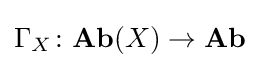
\Gamma _{X}\colon \mathbf {Ab} (X)\to \mathbf {Ab}